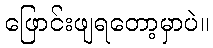
ဖြောင်းဖျရတော့မှာပဲ။